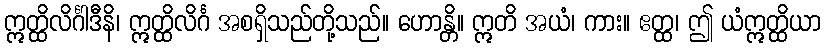
ဣတ္ထိလိင်္ဂါဒီနိ၊ ဣတ္ထိလိင်္ဂ အစရှိသည်တို့သည်။ ဟောန္တိ။ ဣတိ အယံ၊ ကား။ ဧတ္ထ၊ ဤ ယံဣတ္ထိယာ